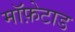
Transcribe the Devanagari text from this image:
मॉफ़ेटाड